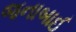
જનાબાઈ